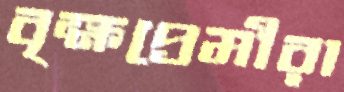
বৃক্ষপ্রেমীরা